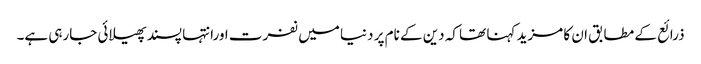
ذرائع کے مطابق ان کا مزید کہنا تھا کہ دین کے نام پر دنیا میں نفرت اورانتہا پسند پھیلائی جارہی ہے۔